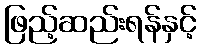
ဖြည့်ဆည်းရန်နှင့်